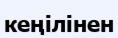
кеңілінен